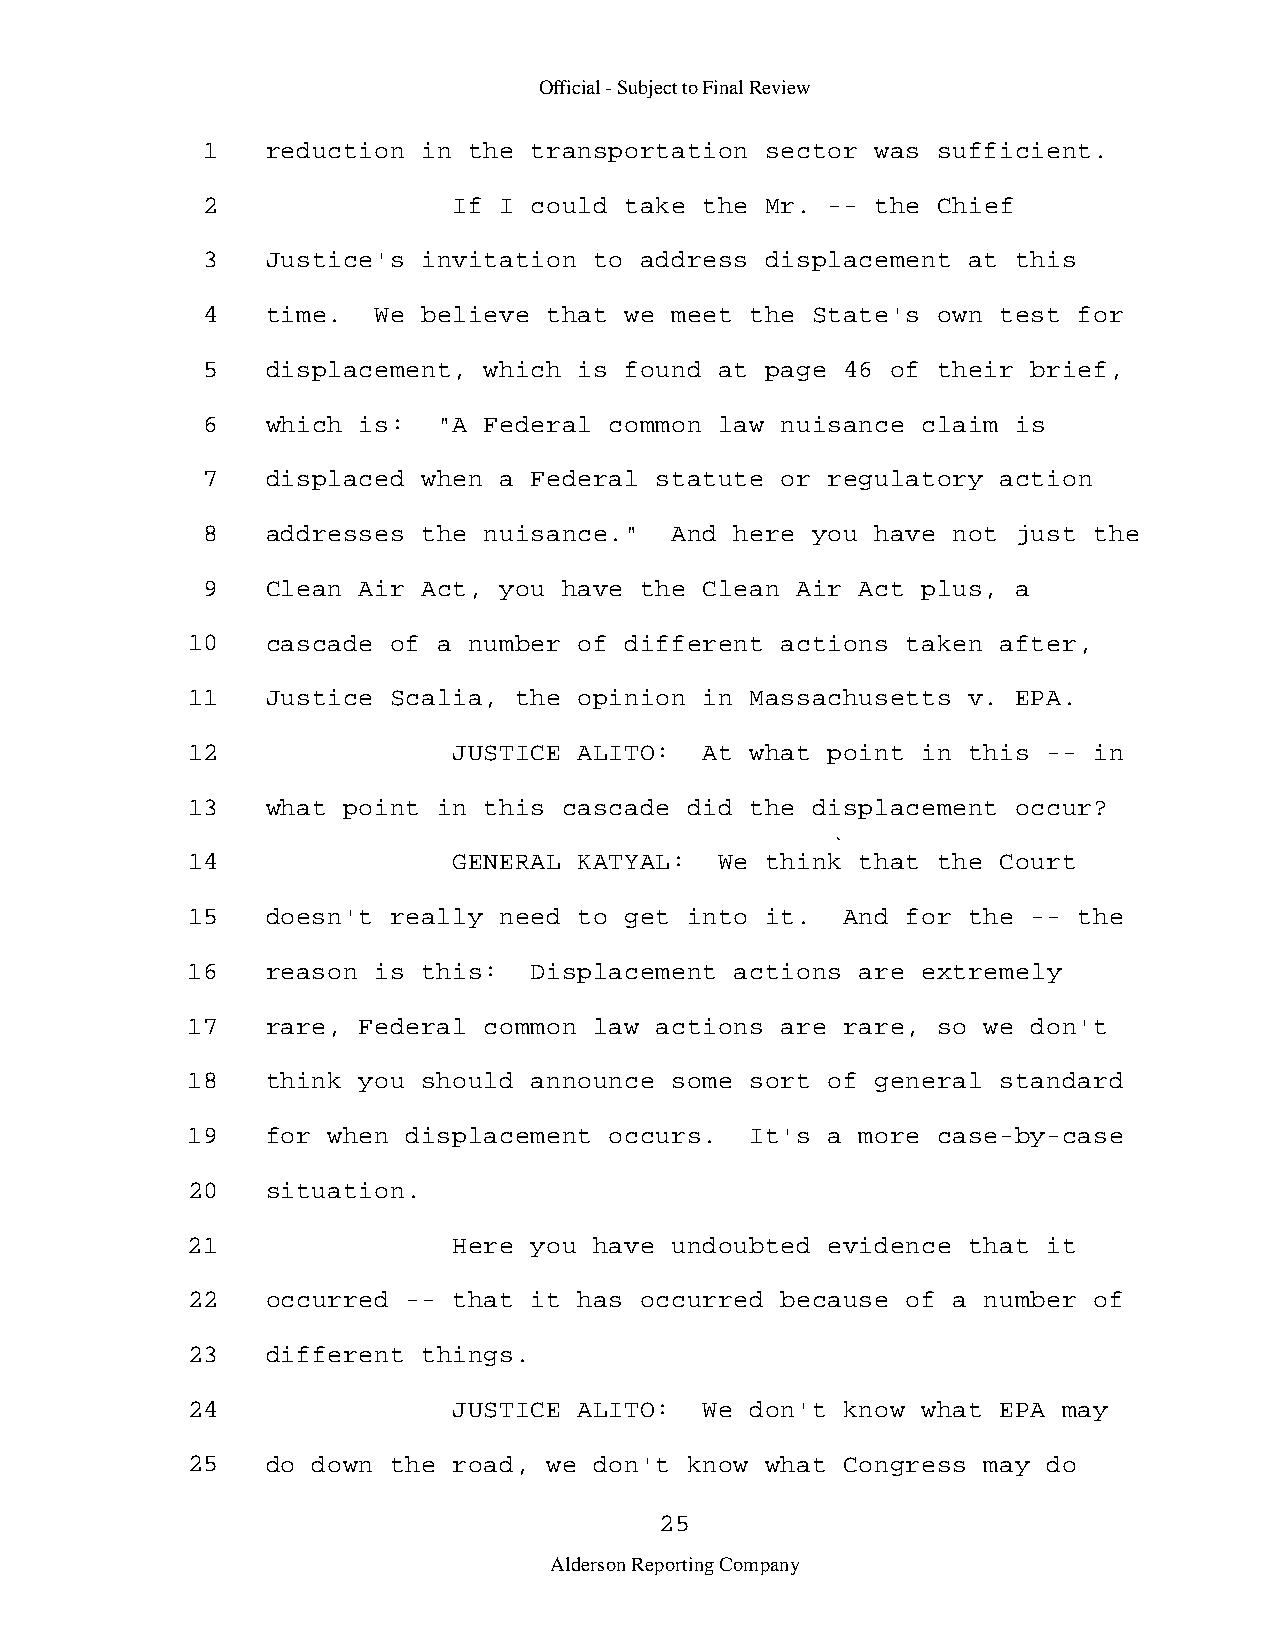
Official - Subject to Final Review
 1    reduction in the transportation  sector was sufficient.
 2                If I could take  the Mr. -- the Chief
 3    Justice's invitation to address  displacement at this
 4    time.  We believe that we meet  the State's own test for
 5    displacement, which is found  at page 46 of their brief,
 6    which is:  "A Federal common  law nuisance claim is
 7    displaced when a Federal statute  or regulatory action
 8    addresses the nuisance."  And  here you have not just the
 9    Clean Air Act, you have the  Clean Air Act plus, a
 10    cascade of a number of different  actions taken after,
 11    Justice Scalia, the opinion  in Massachusetts v. EPA.
 12                JUSTICE ALITO:   At what point in this -- in
 13    what point in this cascade  did the displacement occur?
 14                GENERAL KATYAL:   We think that the Court
 15    doesn't really need to get  into it.  And for the -- the
 16    reason is this:  Displacement  actions are extremely
 17    rare, Federal common law actions  are rare, so we don't
 18    think you should announce some  sort of general standard
 19    for when displacement occurs.   It's a more case-by-case
 20    situation.
 21                Here you have undoubted  evidence that it
 22    occurred -- that it has occurred  because of a number of
 23    different things.
 24                JUSTICE ALITO:   We don't know what EPA may
 25    do down the road, we don't  know what Congress may do
 25
 Alderson Reporting Company